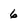
Character: 6